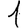
Digit: 1